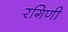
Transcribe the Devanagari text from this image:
रगिणी